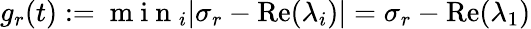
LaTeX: \begin{array}{r}{g_{r}(t):=\mathrm{~m~i~n~}_{i}|\sigma_{r}-\operatorname{Re}(\lambda_{i})|=\sigma_{r}-\operatorname{Re}(\lambda_{1})}\end{array}